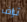
تراف